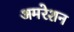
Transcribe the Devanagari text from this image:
अमरेशन